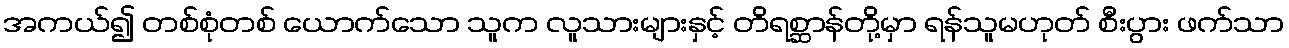
အကယ်၍ တစ်စုံတစ် ယောက်သော သူက လူသားများနှင့် တိရစ္ဆာန်တို့မှာ ရန်သူမဟုတ် စီးပွား ဖက်သာ